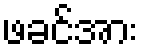
ဖခင်အား